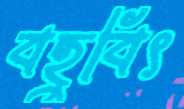
বহুবিৎ